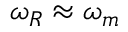
\omega _ { R } \approx \omega _ { m }